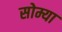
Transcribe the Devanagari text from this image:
सोम्या